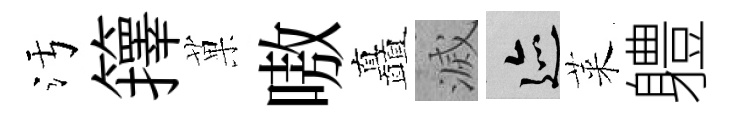
污籜菓嗷矗滅迹萊軆